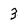
Character: 3